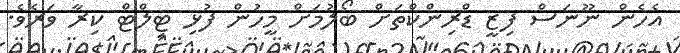
އެހެން ނޫނަސް ފިޒީ ޑްރިންކްތަށް ބޯލުމަށް މީހުން ފުޅި ޓިލްޓް ކިރާ ވަރެވެ.